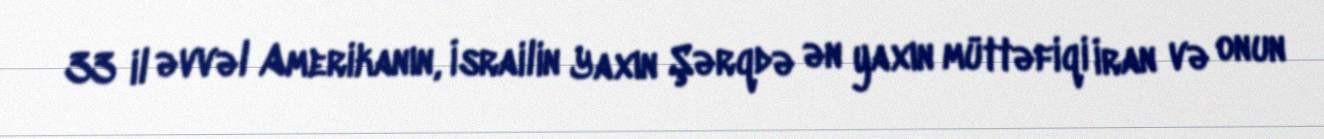
33 il əvvəl Amerikanın, İsrailin Yaxın Şərqdə ən yaxın müttəfiqi İran və onun